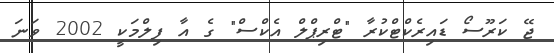
ޖޭ ކަރޫސޯ ޑައިރެކްޓްކުރާ "ޓްރިޕްލް އެކްސް" ގެ އާ ފިލްމަކީ 2002 ވަނަ